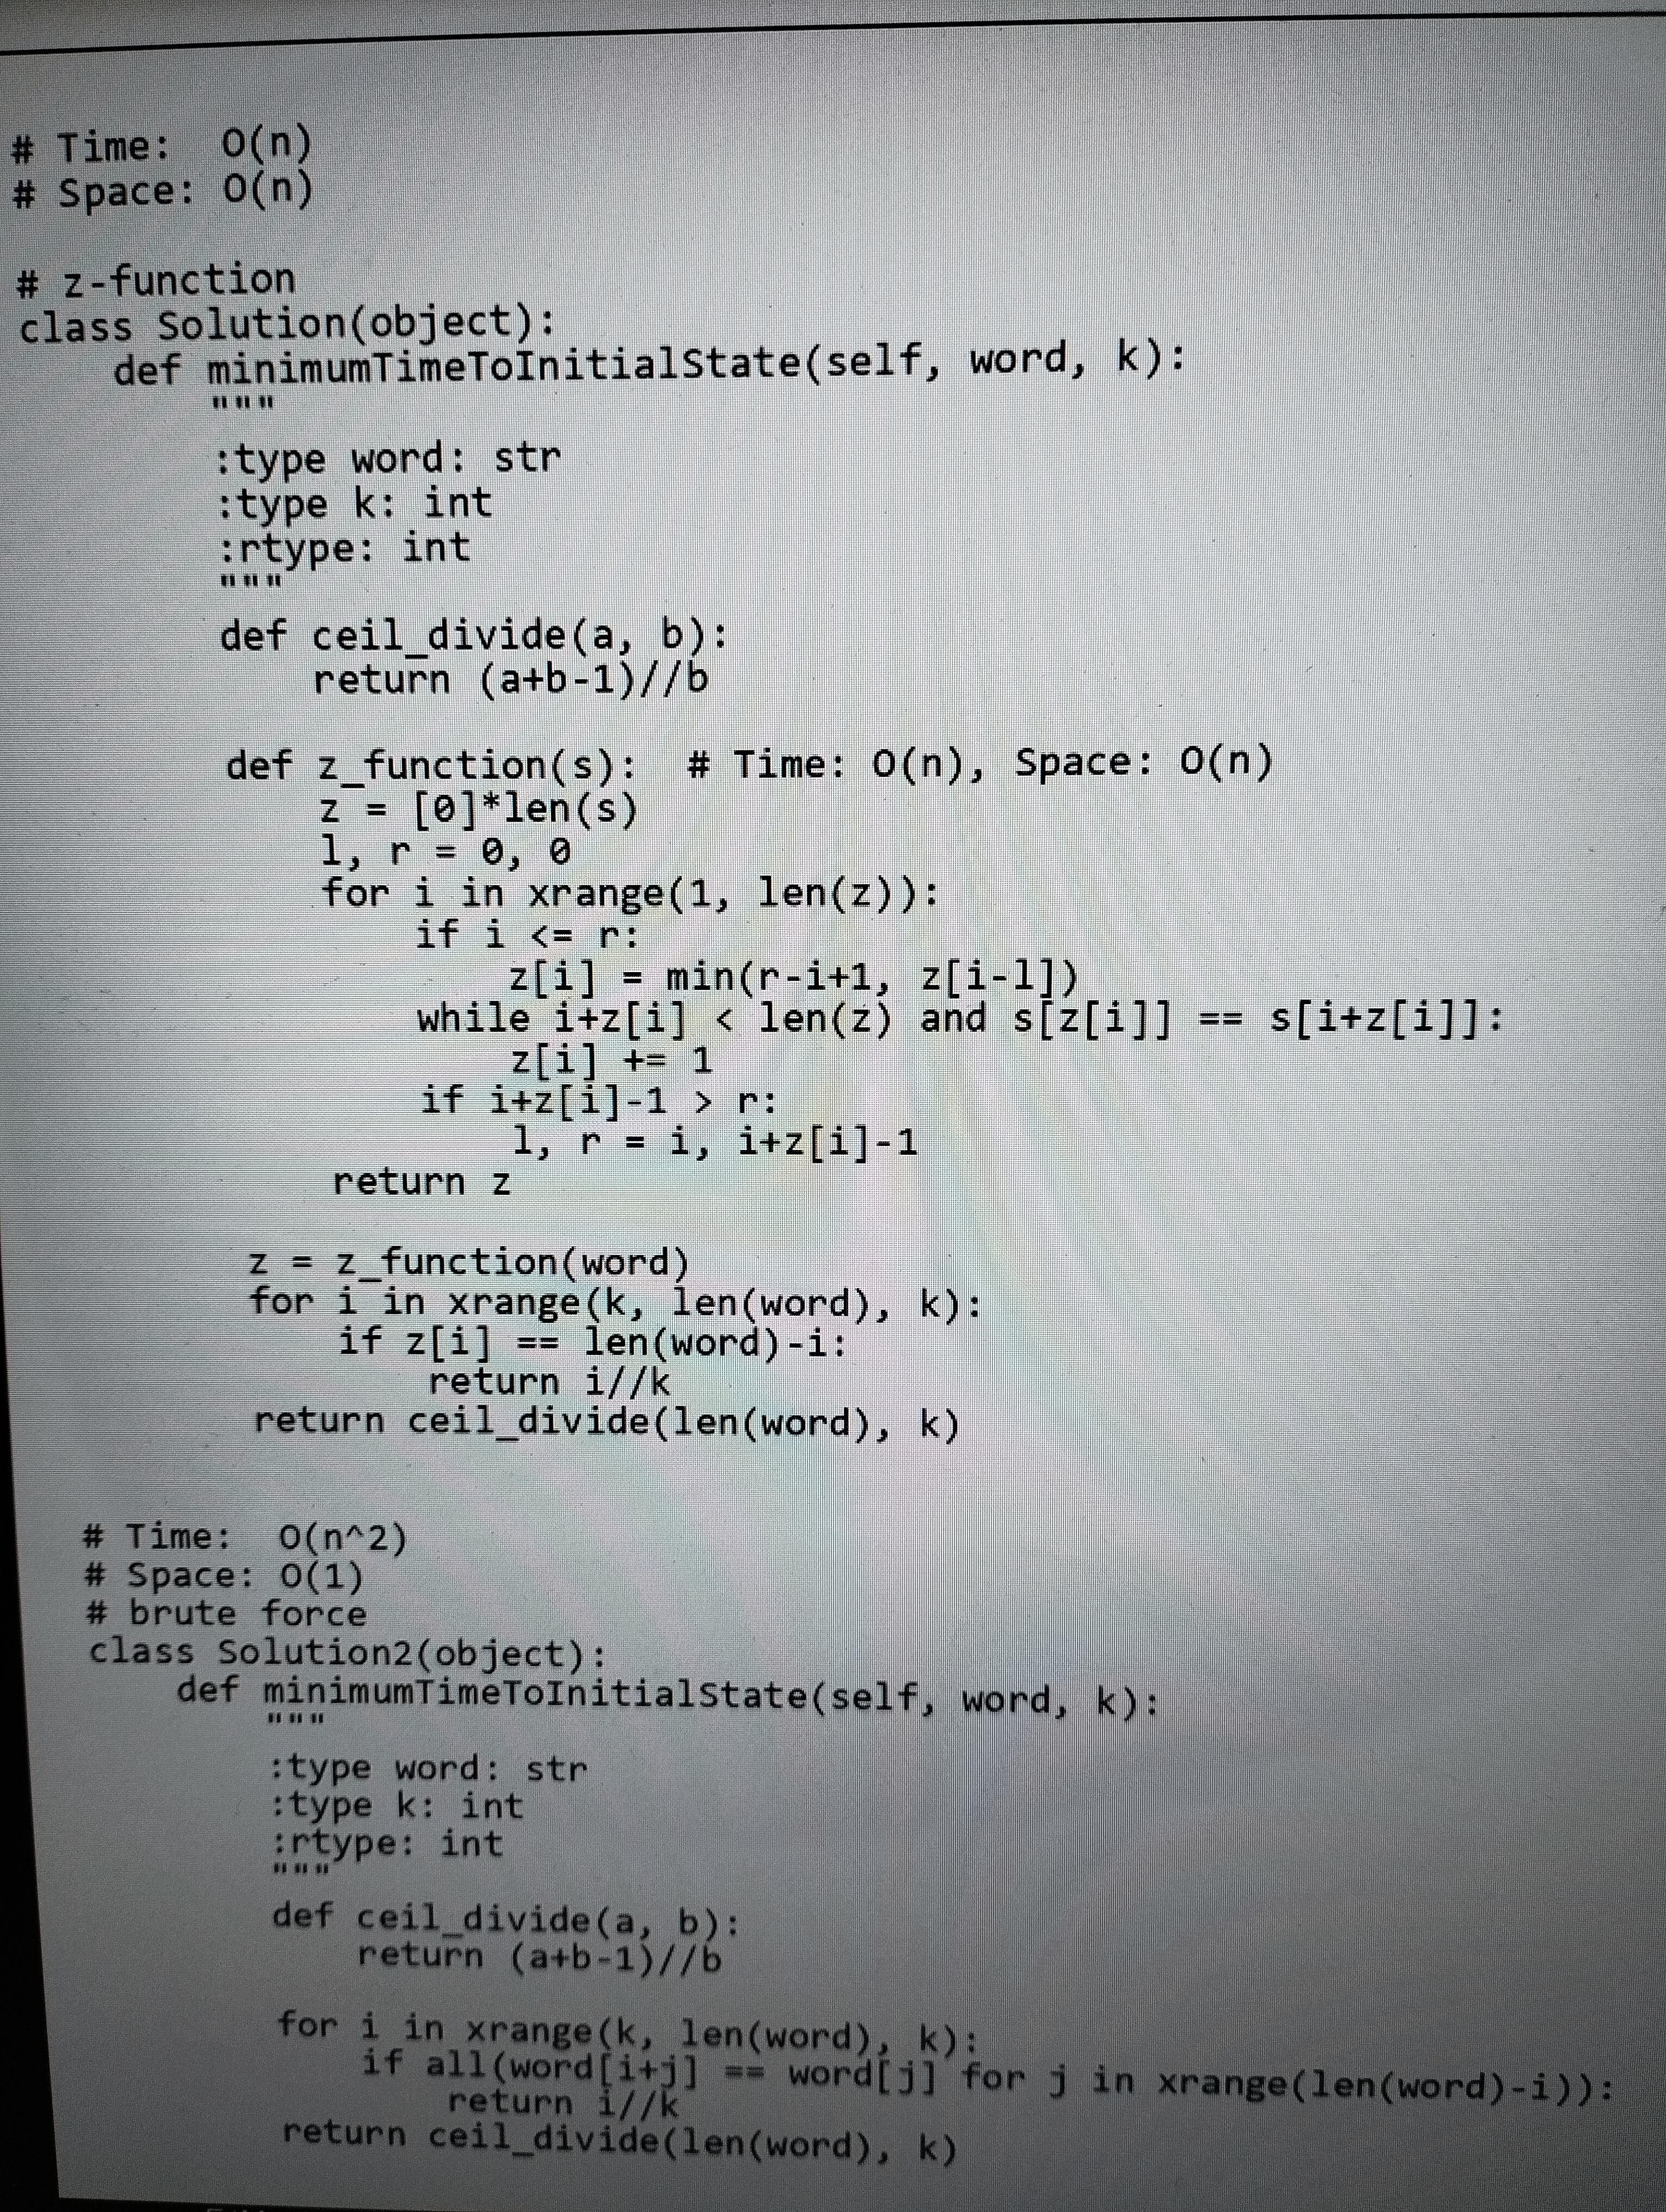
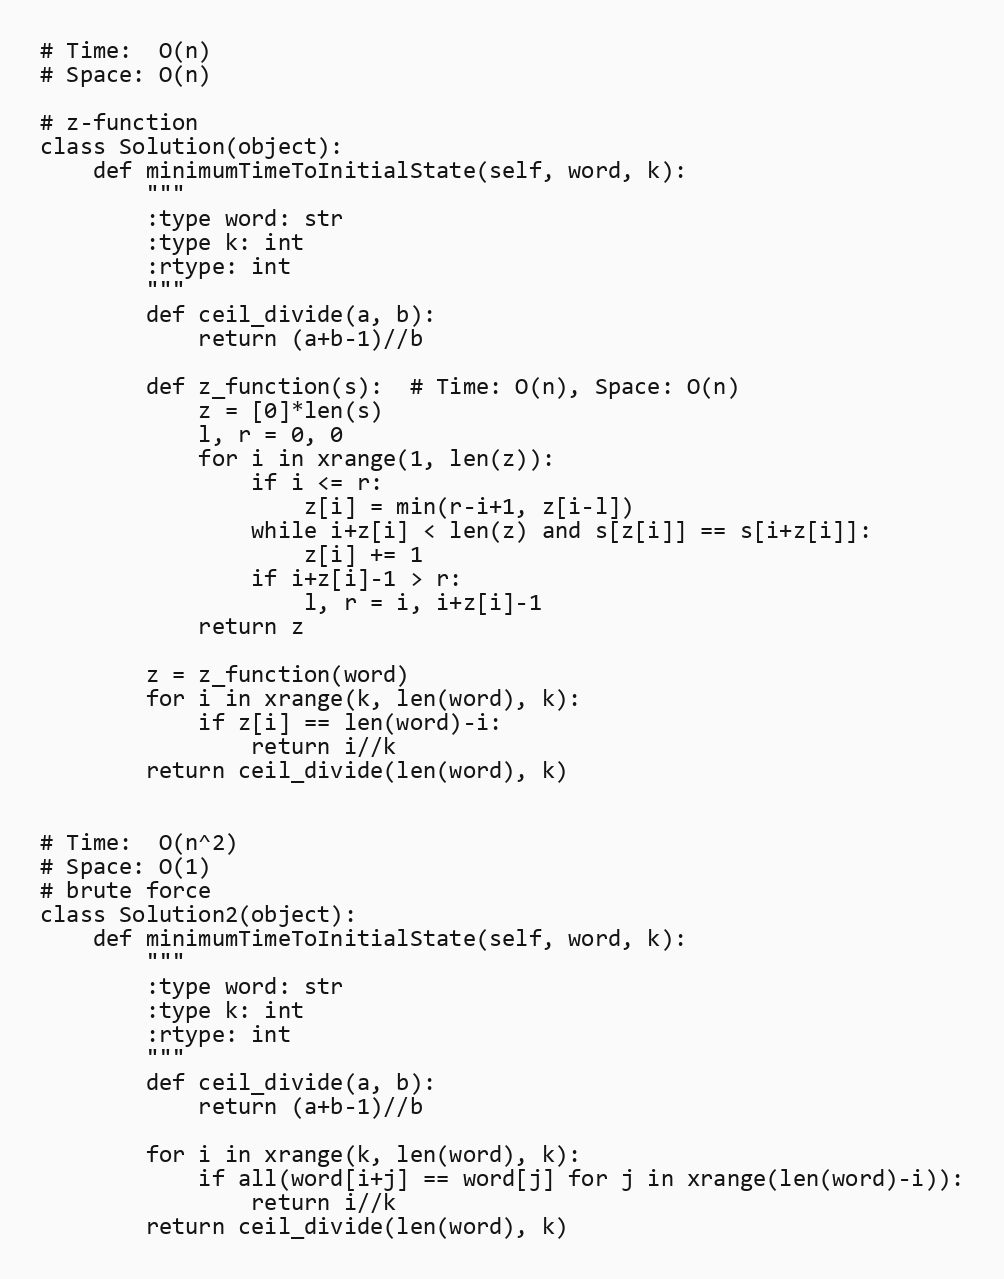
# Time:  O(n)
# Space: O(n)

# z-function
class Solution(object):
    def minimumTimeToInitialState(self, word, k):
        """
        :type word: str
        :type k: int
        :rtype: int
        """
        def ceil_divide(a, b):
            return (a+b-1)//b

        def z_function(s):  # Time: O(n), Space: O(n)
            z = [0]*len(s)
            l, r = 0, 0
            for i in xrange(1, len(z)):
                if i <= r:
                    z[i] = min(r-i+1, z[i-l])
                while i+z[i] < len(z) and s[z[i]] == s[i+z[i]]:
                    z[i] += 1
                if i+z[i]-1 > r:
                    l, r = i, i+z[i]-1
            return z

        z = z_function(word)
        for i in xrange(k, len(word), k):
            if z[i] == len(word)-i:
                return i//k
        return ceil_divide(len(word), k)

# Time:  O(n^2)
# Space: O(1)
# brute force
class Solution2(object):
    def minimumTimeToInitialState(self, word, k):
        """
        :type word: str
        :type k: int
        :rtype: int
        """
        def ceil_divide(a, b):
            return (a+b-1)//b

        for i in xrange(k, len(word), k):
            if all(word[i+j] == word[j] for j in xrange(len(word)-i)):
                return i//k
        return ceil_divide(len(word), k)